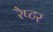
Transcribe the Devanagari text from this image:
रैप्‍टर